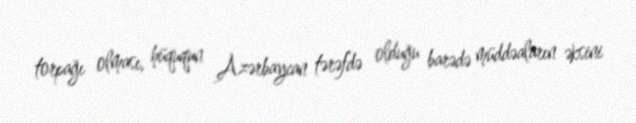
torpağı olması, hüququn Azərbaycan tərəfdə olduğu barədə müddəaların əksini